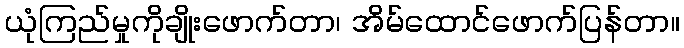
ယုံကြည်မှုကိုချိုးဖောက်တာ၊ အိမ်ထောင်ဖောက်ပြန်တာ။